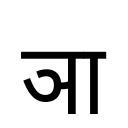
OCR:
ञा